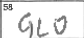
Transcription: GLO